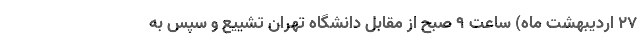
۲۷ اردیبهشت ماه) ساعت ۹ صبح از مقابل دانشگاه تهران تشییع و سپس به